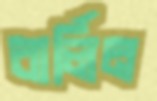
বার্লিন